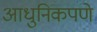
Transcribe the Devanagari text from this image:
आधुनिकपणे